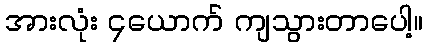
အားလုံး ၄ယောက် ကျသွားတာပေါ့။